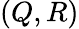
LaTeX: (Q,R)